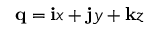
\mathbf { q } = \mathbf { i } x + \mathbf { j } y + \mathbf { k } z